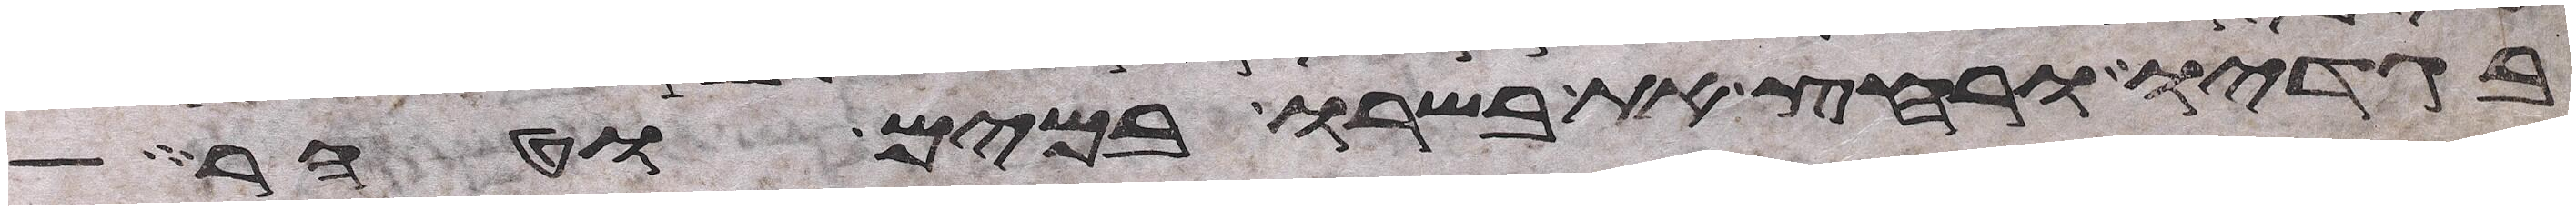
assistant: בגדיו ורחץ את בשרו במים וטהר